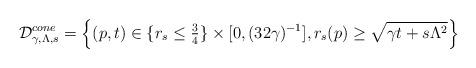
LaTeX: \begin{align*} \mathcal{D}_{\gamma,\Lambda,s}^{cone}=\left\{ (p,t)\in \{r_s\leq \tfrac{3}{4}\}\times [0,(32\gamma)^{-1}], r_s(p)\geq \sqrt{\gamma t + s\Lambda^2}\right\}\end{align*}